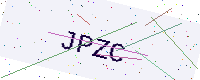
Text: JPZC